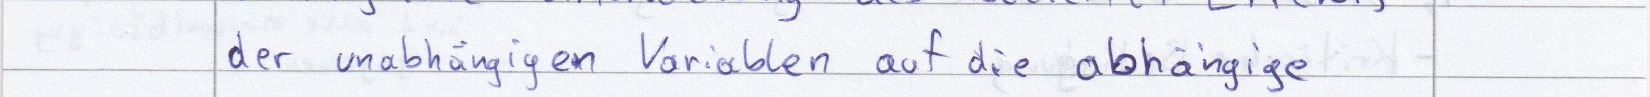
der unabhängigen Variablen auf die abhängige